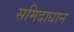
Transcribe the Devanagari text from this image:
समिदाधान